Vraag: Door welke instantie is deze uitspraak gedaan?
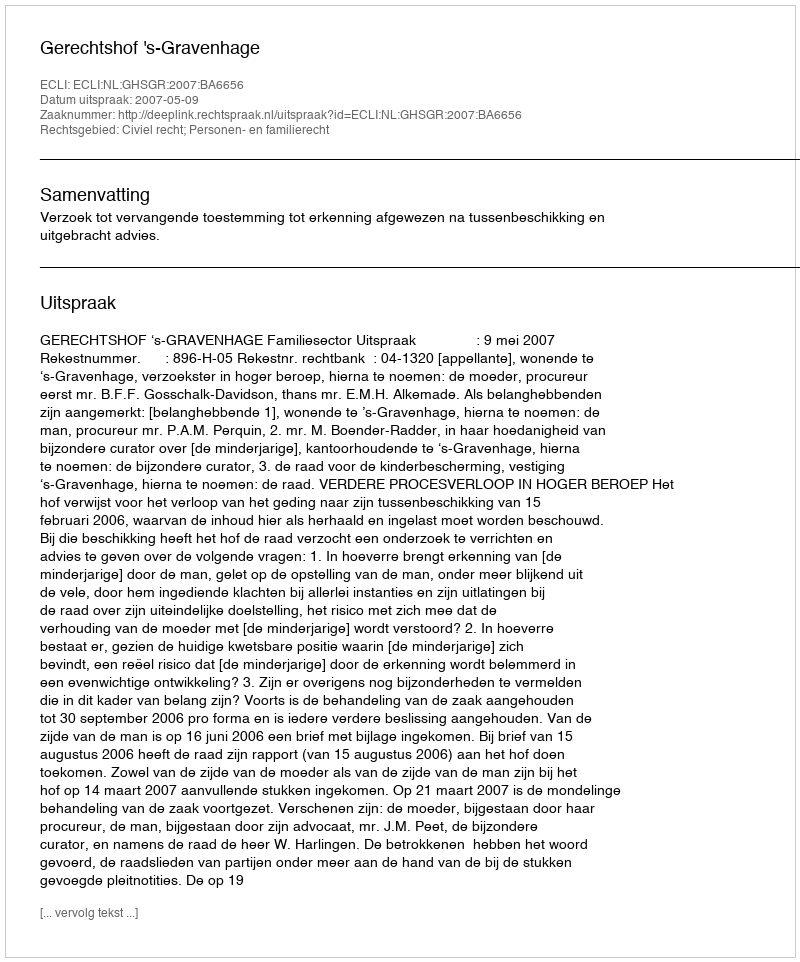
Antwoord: Gerechtshof 's-Gravenhage